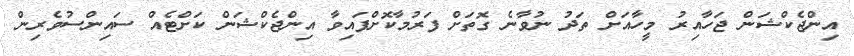
އިންޖެކްޝަން ޖަހާއިރު މީހާއަށް ތަދު ނުވާނެ ގޮތަށް ފަރުމާކޮށްފައިވާ އިންޖެކްޝަން ކަށްޓެއް ސައިންސުވެރިން